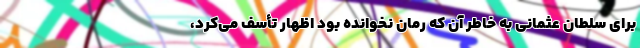
برای سلطان عثمانی به خاطر آن که رمان نخوانده بود اظهار تأسف می‌کرد،